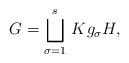
LaTeX: \begin{align*}G = \bigsqcup_{\sigma = 1}^s \,K g_\sigma H, \end{align*}